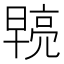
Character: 𭧓